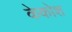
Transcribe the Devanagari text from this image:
केकोश